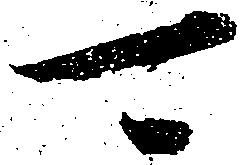
可